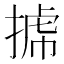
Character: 𢯯